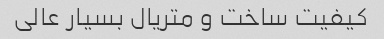
کیفیت ساخت و متریال بسیار عالی